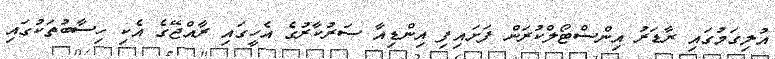
އުލިގަމުގައި ރާޑަރު އިންސްޓޯލްކުރަން ފަށައިފި އިންޑިއާ ސަރުކާރުގެ އެހީގައި ރާއްޖޭގެ އެކި ހިސާބުތަކުގައި